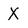
Character: X